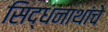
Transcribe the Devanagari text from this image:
सिद्धनाथांचे